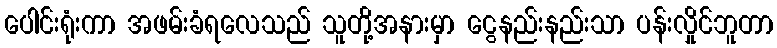
ပေါင်းရုံးကာ အဖမ်းခံရလေသည် သူတို့အနားမှာ ငွေနည်းနည်းသာ ပန်းလှိုင်ဘူတာ